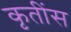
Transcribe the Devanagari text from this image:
कृतींस